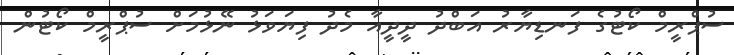
ސުޕްރީމް ކޯޓުގެ ފަނޑިޔާރު އަބްދު ދީދީއާ މެދު ފިޔަވަޅު ނޭޅުމަށް ސުޕްރީމް ކޯޓުން